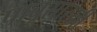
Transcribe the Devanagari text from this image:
पाचूसारखी